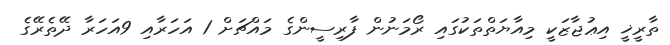
ތާރީޚީ އިޢުޖާޒަކީ މިއާޔަތްތަކުގައި ރޯމަނުން ފާރިސީންގެ މައްޗަށް 1 އަހަރާއި 9އަހަރާ ދޭތެރޭގެ